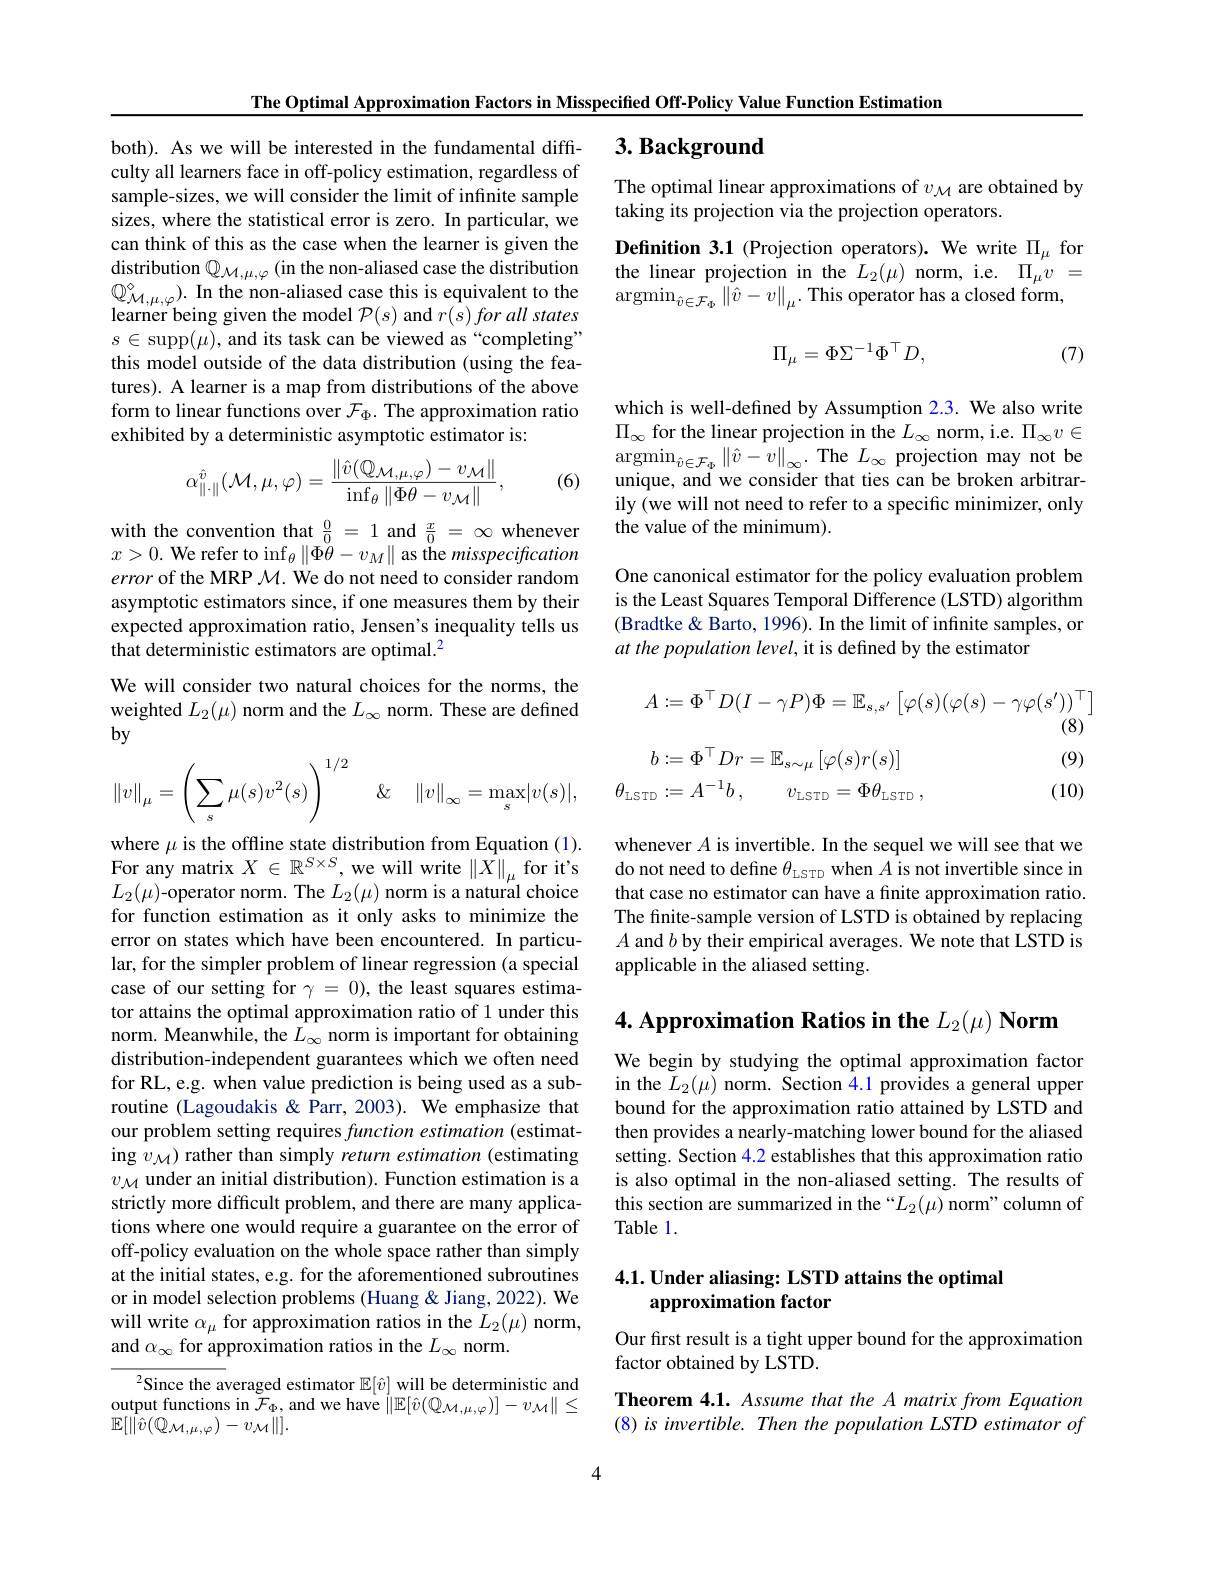
The Optimal Approximation Factors in Misspecified Off-Policy Value Function Estimation

## $3. \textbf{ Background}$

The optimal linear approximations of $v_\mathrm{M}$ are obtained by
taking its projection via the projection operators.
Definition 3.1 (Projection operators). We write $\Pi_\mu$ for the linear projection in the $L_2(\mu)$ norm, i.e. $\Pi_\mu v=$ $\operatorname*{argmin}_{\hat{v}\in\mathcal{F}_\Phi}\left\|\hat{v}-v\right\|_\mu.$This operator has a closed form,

both). As we will be interested in the fundamental difficulty all learners face in off-policy estimation, regardless of sample-sizes, we will consider the limit of infinite sample sizes, where the statistical error is zero. In particular, we can think of this as the case when the learner is given the distribution $\mathbb{Q}_{\mathcal{M},\mu,\varphi}\left(\text{in the non-aliased case the distribution}\right.$ $\mathbb{Q}_{\mathcal{M},\mu,\varphi}^{\circ}).$ In the non-aliased case this is equivalent to the learner being given the model $\mathcal{P}(s)$ and $r( s) \textit{for all states}$ $s\in$supp$(\mu)$, and its task can be viewed as “completing” this model outside of the data distribution (using the features). A learner is a map from distributions of the above form to linear functions over $\mathcal{F}_\Phi.$ The approximation ratio exhibited by a deterministic asymptotic estimator is:
$$\Pi_{\mu}=\Phi\Sigma^{-1}\Phi^{\top}D,$$
(7)

which is well-defined by Assumption 2.3. We also write $\Pi_{\infty}$ for the linear projection in the $L_\infty$ norm, i.e. $\Pi_\infty v\in$ $\operatorname*{argmin}_{\hat{v}\in\mathcal{F}_\Phi}\left\|\hat{v}-v\right\|_\infty.$The $L_\infty$ projection may not be unique, and we consider that ties can be broken arbitrarily (we will not need to refer to a specific minimizer, only the value of the minimum).
$$\alpha_{\|\cdot\|}^{\hat{v}}(\mathcal{M},\mu,\varphi)=\frac{\|\hat{v}(\mathbb{Q}_{\mathcal{M},\mu,\varphi})-v_{\mathcal{M}}\|}{\inf_{\theta}\|\Phi\theta-v_{\mathcal{M}}\|},$$
(6)

with the convention that $\frac00=1$ and $\frac x0=\infty$ whenever $x>0.$ We refer to $\inf_\theta\|\Phi\check{\theta}-v_M\|$ as the misspecification error of the MRP $\mathcal{M}.$ We do not need to consider random asymptotic estimators since, if one measures them by their expected approximation ratio, Jensen's inequality tells us that deterministic estimators are optimal.$^2$

One canonical estimator for the policy evaluation problem is the Least Squares Temporal Difference (LSTD) algorithm (Bradtke & Barto, 1996). In the limit of infinite samples, or at the population level, it is defined by the estimator

We will consider two natural choices for the norms, the weighted $L_2(\mu)$ norm and the $L_\infty$ norm. These are defined $by$
$$A:=\Phi^{\top}D(I-\gamma P)\Phi=\mathbb{E}_{s,s^{\prime}}\left[\varphi(s)(\varphi(s)-\gamma\varphi(s^{\prime}))^{\top}\right]$$
(8)

(9)
$$\left\|v\right\|_{\mu}=\left(\sum_{s}\mu(s)v^{2}(s)\right)^{1/2}\quad\&\quad\left\|v\right\|_{\infty}=\max_{s}|v(s)|,\quad\theta_{\mathrm{LSTD}}:=A^{-1}b\:,\quad v_{\mathrm{LSTD}}=\Phi\theta_{\mathrm{LSTD}}\:,$$
(10)

whenever $A$ is invertible. In the sequel we will see that we do not need to define $\theta_\mathrm{LSTD}$ when $A$ is not invertible since in that case no estimator can have a finite approximation ratio. The finite-sample version of LSTD is obtained by replacing $A$ and $b$ by their empirical averages. We note that LSTD is applicable in the aliased setting.

4. Approximation Ratios in the $L_2( \mu ) \textbf{Norm}$

where $\mu$ is the offline state distribution from Equation (1). For any matrix $X\in\mathbb{R}^{S\times S}$, we will write $\left\|\hat{X}\right\|_\mu$ for it's $L_{2}(\mu)$-operator norm. The $L_2(\mu)$ norm is a natural choice for function estimation as it only asks to minimize the error on states which have been encountered. In particular, for the simpler problem of linear regression (a special case of our setting for $\gamma=0)$, the least squares estimator attains the optimal approximation ratio of 1 under this norm. Meanwhile, the $L_\infty$ norm is important for obtaining distribution- independent guarantees which we often need for RL, e.g. when value prediction is being used as a subroutine (Lagoudakis &Parr, 2003). We emphasize that our problem setting requires function estimation (estimating $v_{\mathcal{M}})$ rather than simply return estimation (estimating $v_{\mathcal{M}}$ under an initial distribution). Function estimation is a strictly more difficult problem, and there are many applications where one would require a guarantee on the error of off-policy evaluation on the whole space rather than simply at the initial states, e.g. for the aforementioned subroutines or in model selection problems (Huang & Jiang, 2022). We will write $\alpha_\mu$ for approximation ratios in the $L_2(\mu)$ norm, and $\alpha_\infty$ for approximation ratios in the $L_\infty$ norm.

We begin by studying the optimal approximation factor in the $L_2(\mu)$ norm. Section 4.1 provides a general upper bound for the approximation ratio attained by LSTD and then provides a nearly-matching lower bound for the aliased setting. Section 4.2 establishes that this approximation ratio is also optimal in the non-aliased setting. The results of this section are summarized in the “$L_2(\mu)$ norm"column of Table 1.

## 4.1. Under aliasing: LSTD attains the optimal approximation factor

Our fırst result is a tight upper bound for the approximation
factor obtained by LSTD.

$^{2}$Since the averaged estimator $\mathbb{E}[\hat{v}]$ will be deterministic and $\operatorname*{output~functions~in~}\tilde{\mathcal{F}}_{\Phi}$,and we have $\|\mathbb{E}[\hat{v}(\mathbb{Q}_{\mathcal{M},\mu,\varphi})]-v_{\mathcal{M}}\|\leq$ $\mathbb{E}[\|\hat{v}(\mathbb{Q}_{\mathcal{M},\mu,\varphi})-v_{\mathcal{M}}\|].$

Theorem 4.1. Assume that the A matrix from Equation $(8)isinvertible.ThenthepopulationLSTDestimatorof$

4